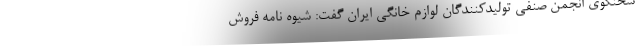
سخنگوی انجمن صنفی تولیدکنندگان لوازم خانگی ایران گفت: شیوه نامه فروش